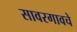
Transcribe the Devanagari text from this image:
सावरगावचे